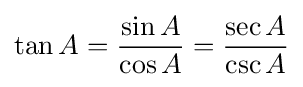
\tan A={\frac {\sin A}{\cos A}}={\frac {\sec A}{\csc A}}